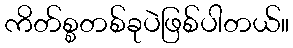
ကိတ်စ္စတစ်ခုပဲဖြစ်ပါတယ်။